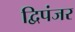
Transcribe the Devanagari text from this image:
द्विपंजर